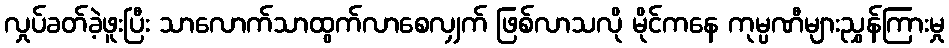
လှုပ်ခတ်ခဲ့ဖူးပြီး သာလောက်သာထွက်လာစေလျှက် ဖြစ်လာသလို မိုင်ကနေ ကုမ္ပဏီများညွှန်ကြားမှု